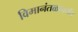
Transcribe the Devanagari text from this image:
विमानंतळापर्यंत